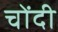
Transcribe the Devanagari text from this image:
चोंदी